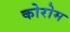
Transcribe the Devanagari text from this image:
कोरोम